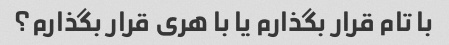
با تام قرار بگذارم یا با هری قرار بگذارم؟